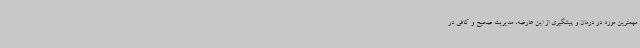
مهمترین مورد در درمان و پیشگیری از این عارضه، مدیریت صحیح و کافی در